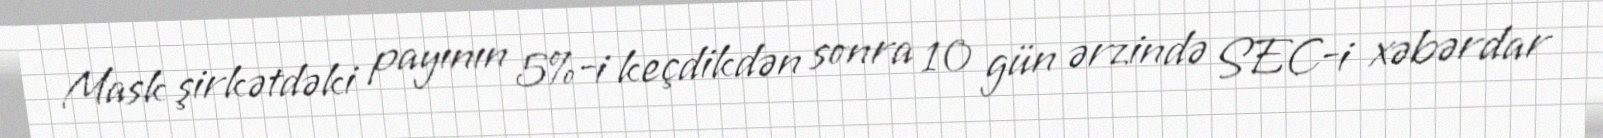
Mask şirkətdəki payının 5%-i keçdikdən sonra 10 gün ərzində SEC-i xəbərdar